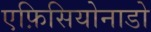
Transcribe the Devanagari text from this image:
एफ़िसियोनाडो